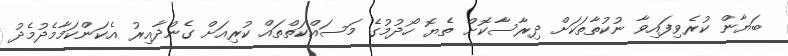
ބަޔާން ކުރެވިފައިވާ ނުކުތާތަކަށް ދިރާސާކޮށް ތެޔޮ ހޯދުމުގެ މަސައްކަތްތައް ކުރިއަށް ގެންދާއިރު އެކަންކަމާމެދުމެދު